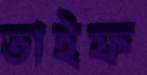
তাইফ